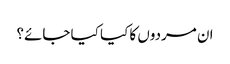
ان مردوں کا کیا کیا جائے؟